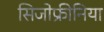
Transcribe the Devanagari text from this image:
सिजोफ्रीनिया